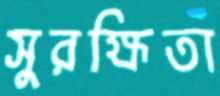
সুরক্ষিতা